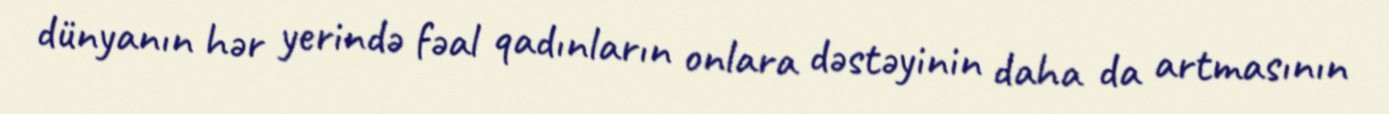
dünyanın hər yerində fəal qadınların onlara dəstəyinin daha da artmasının